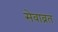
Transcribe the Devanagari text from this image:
सेवाव्रत